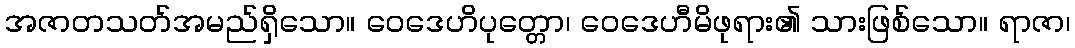
အဇာတသတ်အမည်ရှိသော။ ဝေဒေဟိပုတ္တော၊ ဝေဒေဟီမိဖုရား၏ သားဖြစ်သော။ ရာဇာ၊